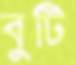
বুটি